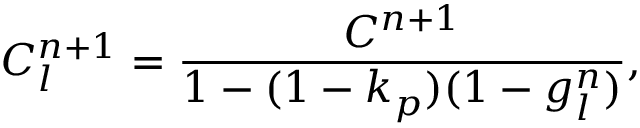
C _ { l } ^ { n + 1 } = \frac { C ^ { n + 1 } } { 1 - ( 1 - k _ { p } ) ( 1 - g _ { l } ^ { n } ) } ,